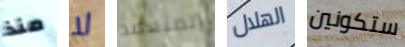
منذ لا المتعمد الهلال ستكونين